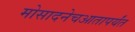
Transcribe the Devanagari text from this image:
मोसादनेचआतापर्यंत